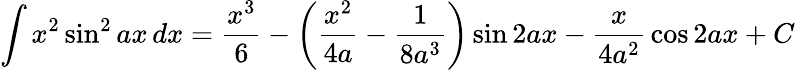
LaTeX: \int x^{2}\sin^{2}{ax}\, dx={\frac{x^{3}}{6}}-\left({\frac{x^{2}}{4a}}-{\frac{1}{8a^{3}}}\right)\sin 2ax-{\frac{x}{4a^{2}}}\cos 2ax+C